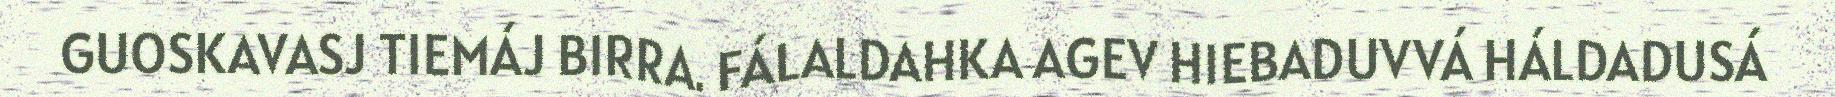
GUOSKAVASJ TIEMÁJ BIRRA. FÁLALDAHKA AGEV HIEBADUVVÁ HÁLDADUSÁ